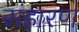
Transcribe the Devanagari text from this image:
संहारण